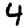
Digit: 4